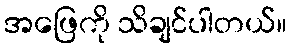
အဖြေကို သိချင်ပါတယ်။